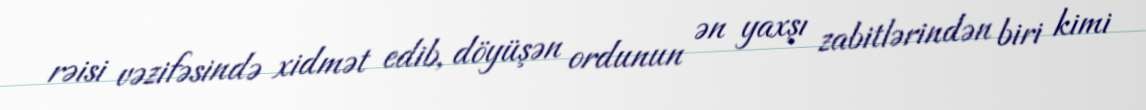
rəisi vəzifəsində xidmət edib, döyüşən ordunun ən yaxşı zabitlərindən biri kimi